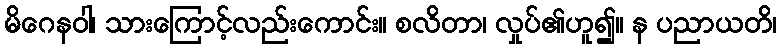
မိဂေနဝါ၊ သားကြောင့်လည်းကောင်း။ စလိတာ၊ လှုပ်၏ဟူ၍။ န ပညာယတိ၊